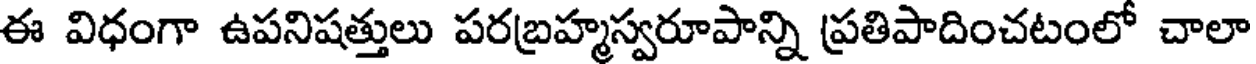
ఈ విధంగా ఉపనిషత్తులు పరబ్రహ్మస్వరూపాన్ని ప్రతిపాదించటంలో చాలా